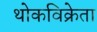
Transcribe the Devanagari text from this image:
थोकविक्रेता